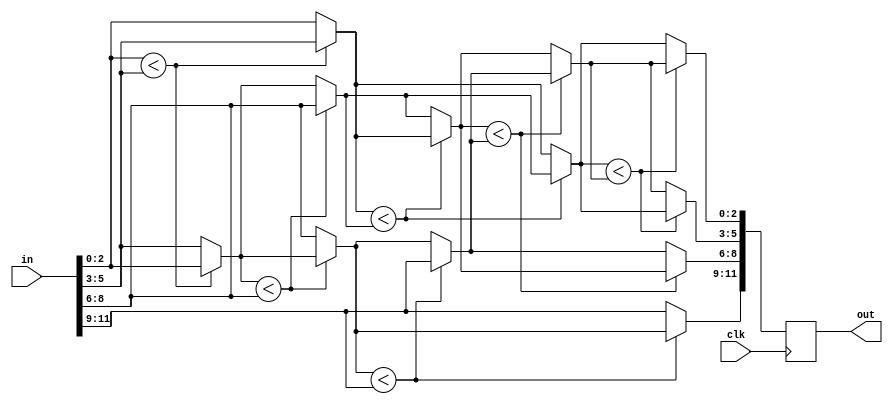
module sort #(
    parameter NUM_VALS = 4,
    parameter SIZE     = 3
)(  input  wire clk,
//    input  wire [NUM_VALS*SIZE-1:0] in,
    input  wire [11:0] in,
    output reg  [11:0] out
);
    reg [NUM_VALS*SIZE-1:0] sorted_bus;
    always @(posedge clk) begin
        out <= sorted_bus;
    end

    integer i, j;
    reg [SIZE-1:0] temp;
    reg [SIZE-1:0] array [1:NUM_VALS];
    always @* begin
    
        // array, 
        for (i = 0; i < NUM_VALS; i = i + 1) begin
            array[i+1] = in[i*SIZE +: SIZE];
        end

        // 
        for (i = NUM_VALS; i > 0; i = i - 1) begin
            for (j = 1 ; j < i; j = j + 1) begin
                if (array[j] < array[j + 1]) begin
                    temp         = array[j];
                    array[j]     = array[j + 1];
                    array[j + 1] = temp;
                end 
            end
        end

        
       for (i = 0; i < NUM_VALS; i = i + 1) begin
            sorted_bus[i*SIZE +: SIZE] = array[i+1];
       end
    end
endmodule